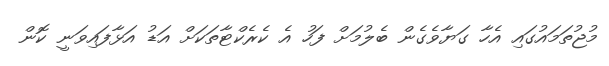
މުޖުތަމައުގައި އެހާ ގަޔާވެގެން ބެލުމަށް ފަހު އެ ކެރެކްޓާތަކަށް އަޑު އަޅާފައިވަނީ ކޮން